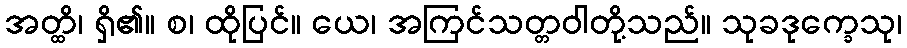
အတ္ထိ၊ ရှိ၏။ စ၊ ထိုပြင်။ ယေ၊ အကြင်သတ္တဝါတို့သည်။ သုခဒုက္ခေသု၊